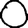
Digit: 0